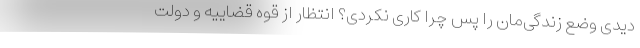
دیدی وضع زندگی‌مان را پس چرا کاری نکردی؟ انتظار از قوه قضاییه و دولت